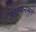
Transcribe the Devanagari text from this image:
जख्मानमुले